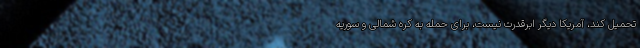
تحمیل کند، آمریکا دیگر ابرقدرت نیست، برای حمله به کره شمالی و سوریه